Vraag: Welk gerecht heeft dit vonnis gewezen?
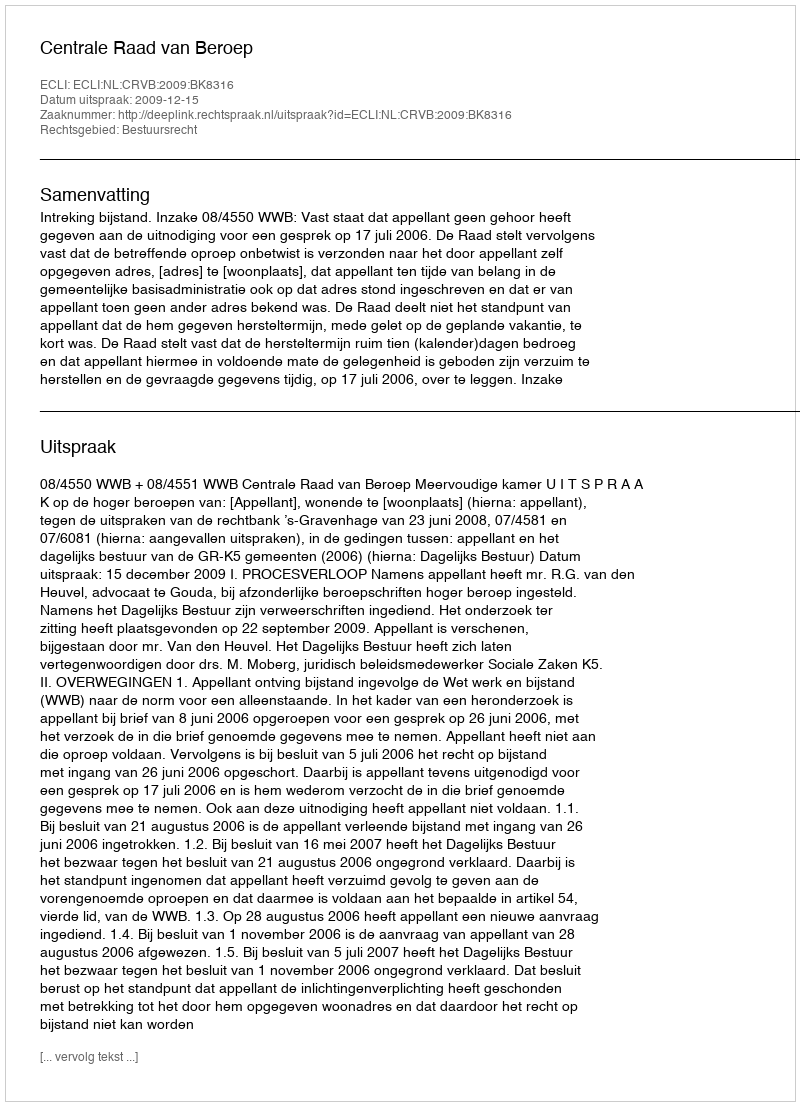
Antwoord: Centrale Raad van Beroep